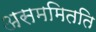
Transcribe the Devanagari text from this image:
असममितति